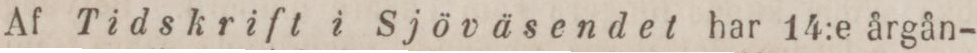
Af Tidskrift i Sjöväsendet har 14:e årgån-